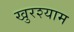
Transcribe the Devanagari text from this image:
खुरश्याम